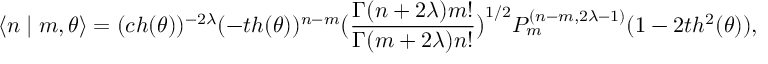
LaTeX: \langle n \mid m , \theta \rangle = ( c h ( \theta ) ) ^ { - 2 \lambda } ( - t h ( \theta ) ) ^ { n - m } \big ( \frac { \Gamma ( n + 2 \lambda ) m ! } { \Gamma ( m + 2 \lambda ) n ! } \big ) ^ { 1 / 2 } P _ { m } ^ { ( n - m , 2 \lambda - 1 ) } ( 1 - 2 t h ^ { 2 } ( \theta ) ) ,